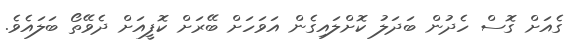
ގެއަށް ގޮސް ހެދުން ބަދަލު ކޮށްލައިގެން އަވަހަށް ބޭރަށް ކޮފީއަށް ދެވޭތޯ ބަލައެވެ.